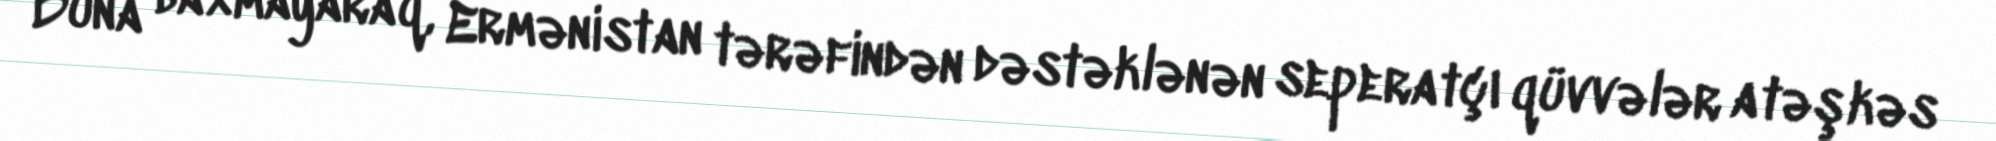
Buna baxmayaraq, Ermənistan tərəfindən dəstəklənən seperatçı qüvvələr atəşkəs